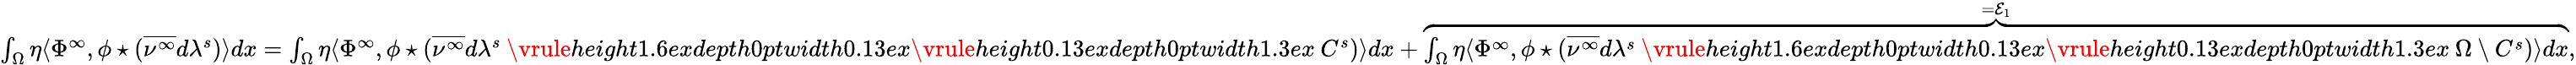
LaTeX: \begin{array}{r}{\int_{\Omega}\eta\langle\Phi^{\infty},\phi\star(\overline{{\nu^{\infty}}}d\lambda^{s})\rangle dx=\int_{\Omega}\eta\langle\Phi^{\infty},\phi\star(\overline{{\nu^{\infty}}}d\lambda^{s}\mathbin{\vrule height1.6exdepth0ptwidth0.13ex\vrule height0.13exdepth0ptwidth1.3ex}C^{s})\rangle dx+\overbrace{\int_{\Omega}\eta\langle\Phi^{\infty},\phi\star(\overline{{\nu^{\infty}}}d\lambda^{s}\mathbin{\vrule height1.6exdepth0ptwidth0.13ex\vrule height0.13exdepth0ptwidth1.3ex}\Omega\setminus C^{s})\rangle dx}^{=\mathcal{E}_{1}},}\end{array}